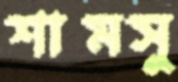
শামসু